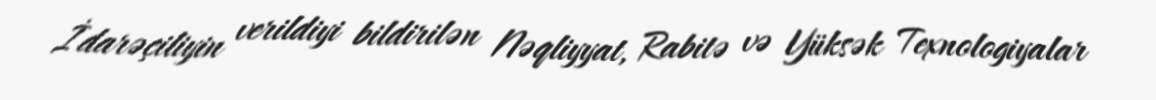
İdarəçiliyin verildiyi bildirilən Nəqliyyat, Rabitə və Yüksək Texnologiyalar